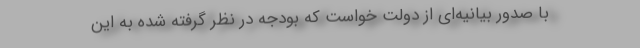
با صدور بیانیه‌ای از دولت خواست که بودجه در نظر گرفته شده به این